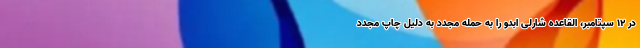
در ۱۲ سپتامبر، القاعده شارلی ابدو را به حمله مجدد به دلیل چاپ مجدد